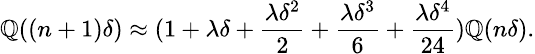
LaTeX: \small\mathbb{Q}((n+1)\delta)\approx(1+\lambda\delta+\frac{{\lambda\delta^{2}}}{{2}}+\frac{{\lambda\delta^{3}}}{{6}}+\frac{{\lambda\delta^{4}}}{{24}})\mathbb{Q}(n\delta).